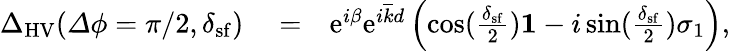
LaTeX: \begin{array}{rlr}{{\Delta}_{\mathrm{HV}}({\mathit\Delta\phi}=\pi/2,\delta_{\mathrm{sf}})}&{{}=}&{\mathrm{e}^{i\beta}\mathrm{e}^{i\overline{{k}}d}\left(\cos(\frac{\delta_{\mathrm{sf}}}{2}){\mathbf 1}-i\sin(\frac{\delta_{\mathrm{sf}}}{2})\sigma_{1}\right),}\end{array}